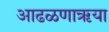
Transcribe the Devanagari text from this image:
आढळणाऋया